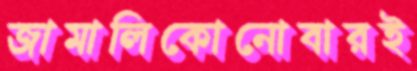
জামালিকোনোবারই